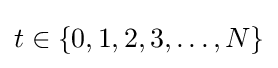
t\in \{0,1,2,3,\ldots ,N\}